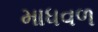
માધવળ